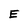
Character: E